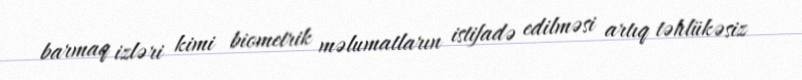
barmaq izləri kimi biometrik məlumatların istifadə edilməsi artıq təhlükəsiz